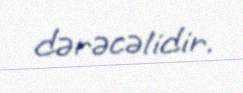
dərəcəlidir.